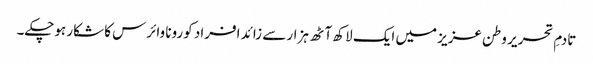
تادمِ تحریر وطن عزیز میں ایک لاکھ آٹھ ہزار سے زائد افراد کورونا وائرس کا شکار ہوچکے۔